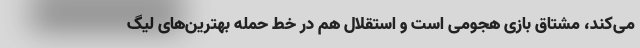
می‌کند، مشتاق بازی هجومی است و استقلال هم در خط حمله بهترین‌های لیگ